Leaving Certificate Examination, 1920, 1920
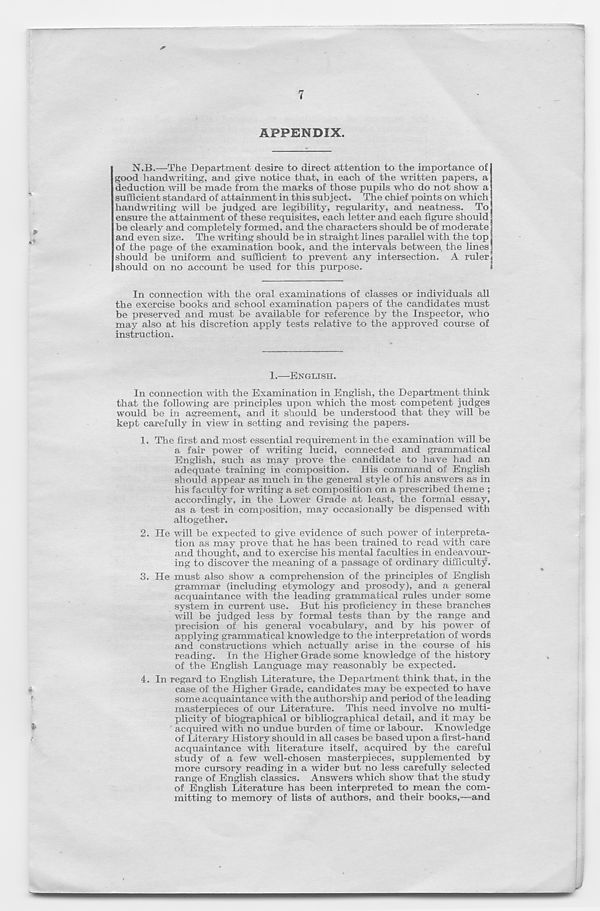
APPENDIX.
N.B.—The Department desire to direct attention to the importance of
good handwriting, and give notice that, in each of the written papers, a
deduction will be made from the marks of those pupils who do not show a
sufficient standard of attainment in this subject. The chief points on which
handwriting will be judged are legibility, regularity, and neatness. To
ensure the attainment of these requisites, each letter and each figure should
be clearly and completely formed, and the characters should be of moderate
and even size. The writing should be in straight lines parallel with the top
of the page of the examination book, and the intervals between the lines
should be uniform and sufficient to prevent any intersection. A ruler
should on no account be used for this purpose.
In connection with the oral examinations of classes or individuals all
the exercise books and school examination papers of the candidates must
be preserved and must be available for reference by the InsiJector, who
may also at his discretion apply tests relative to the approved course of
instruction.
1.—ENGLISH.
In connection with the Examination in English, the Department think
that the following are principles upon which the most competent judges
would be in agreement, and it should be understood that they will be
kept carefully in view in setting and revising the papers.
1. The first and most essential requirement in the examination will be
a fair power of writing lucid, connected and grammatical
English, such as may prove the candidate to have had an
adequate training in composition. His command of English
should appear as much in the general style of his answers as in
his faculty for writing a set composition on a prescribed theme ;
accordingly, in the Lower Grade at least, the formal essay,
as a test in composition, may occasionally be dispensed with
altogether.
2. He will be expected to give evidence of such power of interpreta-
tion as may prove that he has been trained to read with care
and thought, and to exercise his mental faculties in endeavour-
ing to discover the meaning of a passage of ordinary difficulty.
3. He must also show a comprehension of the principles of English
grammar (including etymology and prosody), and a general
acquaintance with the leading grammatical rules under some
system in current use. But his proficiency in these branches
will be judged less by formal tests than by the range and
precision of his general vocabulary, and by his power of
applying grammatical knowledge to the interpretation of words
and constructions which actually arise in the course of his
reading. In the Higher Grade some knowledge of the history
of the English Language may reasonably be expected.
4. In regard to English Literature, the Department think that, in the
case of the Higher Grade, candidates may be expected to have
some acquaintance with the authorship and period of the leading
masterpieces of our Literature. This need involve no multi-
plicity of biographical or bibliographical detail, and it may be
acquired with no undue burden of time or labour. Knowledge
of Literary History should in all cases be based upon a first-hand
acquaintance with literature itself, acquired by the careful
study of a few well-chosen masterpieces, supplemented by
more cursory reading in a wider but no less carefully selected
range of English classics. Answers which show that the study
of English Literature has been interpreted to mean the com-
mitting to memory of lists of authors, and their books,—and